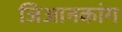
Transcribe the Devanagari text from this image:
जिआनकांग